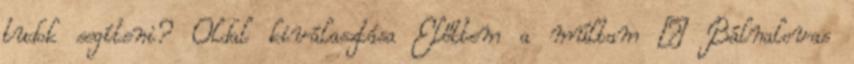
tudok segíteni? Oldal kiválasztása Előttem a múltam – Bálnalovas